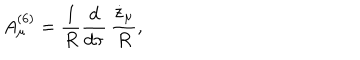
LaTeX: A _ { \mu } ^ { ( 6 ) } = { \frac { 1 } { R } } { \frac { d } { d \tau } } \, { \frac { \dot { z } _ { \mu } } { R } } ,